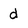
Character: d